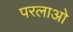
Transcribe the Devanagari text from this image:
परलाओ